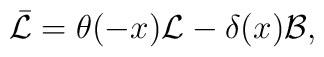
\bar{\mathcal{L}}=\theta(-x) \mathcal{L} -\delta(x)\mathcal{B},